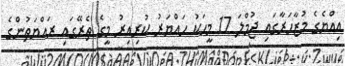
އިއްޔެގެ މުޒާހަރާގައި ޖުމްލަ 17 މީހަކު ހައްޔަރު ކުރިއިރު މީގެ ތެރޭގައި ރައްޔަތުންގެ